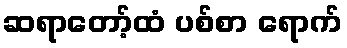
ဆရာတော့်ထံ ပစ်စာ ရောက်